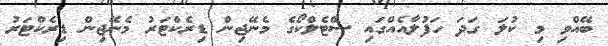
ބޭއްވި މި ކުލަ ގަދަ ހަފުލާއެއްގައި ސްޓެލްކޯގެ މެނޭޖިން ޑިރެކްޓަރު މެނޭޖިން ޑިރެކްޓަރު